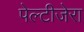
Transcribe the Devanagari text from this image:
पेल्टीजेरा